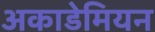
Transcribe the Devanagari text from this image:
अकाडेमियन